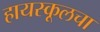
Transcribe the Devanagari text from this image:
हायस्‍कूलचा